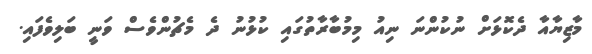
މާޒިޔާއާާ ދެކޮޅަށް ނުކުންނަ ނިއު މިމުބާރާތުގައި ކުޅުނު ދެ މެޗުންވެސް ވަނީ ބަލިވެފައި.